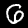
Label: 6